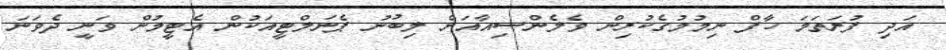
އަދި ފުރަތަމަ ހާފް ނިމުމުގެކުރިން ވެލެންސިއާއަށް ލިބުނު ޕެނަލްޓީއަކުން އެޓީމުން ވަނީ ދެވަނަ